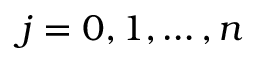
j = 0 , 1 , \ldots , n